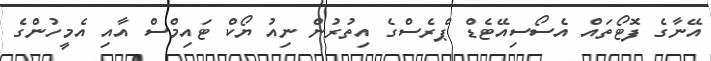
އޭނާގެ ފޮޓޯތައް އެސޯސިއޭޓެޑް ޕްރެސްގެ އިތުރުން ނިއު ޔޯކް ޓައިމްސް އާއި އެމީހުންގެ